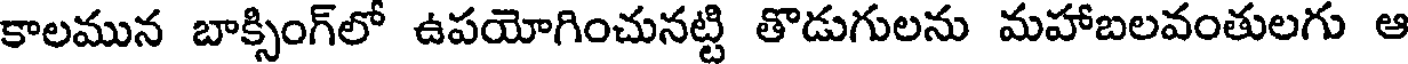
కాలమున బాక్సింగ్లో ఉపయోగించునట్టి తొడుగులను మహాబలవంతులగు ఆ